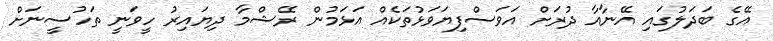
އޭގެ ބަދަލުގައި އޭނާއާ ދުރަށް އަވަސްފިޔަވަޅުތަކެއް އަޅަމުން ރޭޝްމާ ދިޔައިރު ހީވަނީ ތަހުސީނަށް